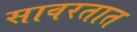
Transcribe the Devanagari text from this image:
सावरतात